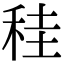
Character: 䅅